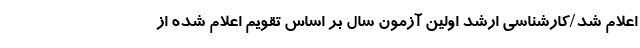
اعلام شد/کارشناسی ارشد اولین آزمون سال بر اساس تقویم اعلام شده از